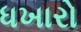
ધખારો